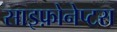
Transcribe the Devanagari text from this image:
साइफ़ोनेप्टरा